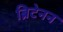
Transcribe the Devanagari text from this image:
ब्रिटेनन